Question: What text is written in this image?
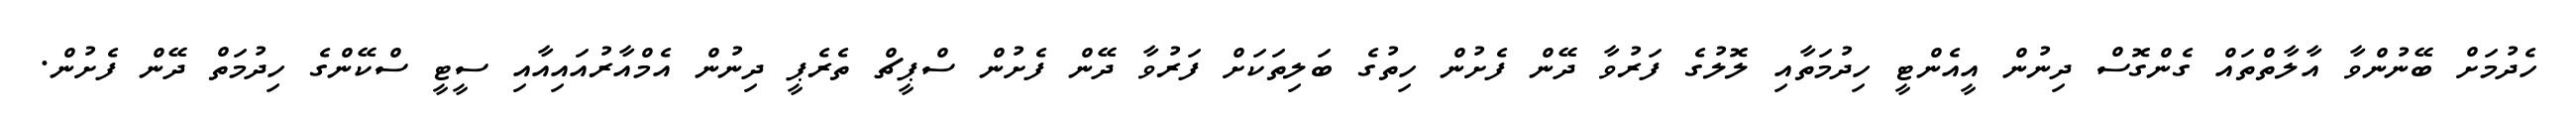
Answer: ހެދުމަށް ބޭނުންވާ އާލާތްތައް ގެންގޮސް ދިނުން އީއެންޓީ ހިދުމަތާއި ލޮލުގެ ފަރުވާ ދޭން ފެށުން ހިތުގެ ބަލިތަކަށް ފަރުވާ ދޭން ފެށުން ސްޕީޗް ތެރެޕީ ދިނުން އެމްއާރުއައިއާއި ސީޓީ ސްކޭންގެ ހިދުމަތް ދޭން ފެށުން.